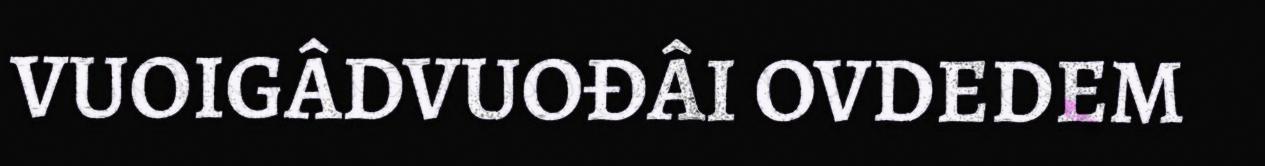
VUOIGÂDVUOĐÂI OVDEDEM